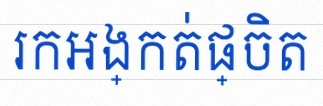
រកអង្កត់ផ្ចិត